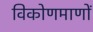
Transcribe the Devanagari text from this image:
विकोणमाणों